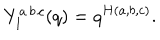
Y _ { 1 } ^ { a \, b \, c } ( q ) = q ^ { H ( a , b , c ) } .